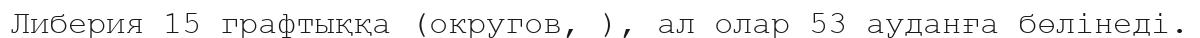
Либерия 15 графтыққа (округов, ), ал олар 53 ауданға бөлінеді.